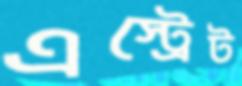
এস্ট্রেট